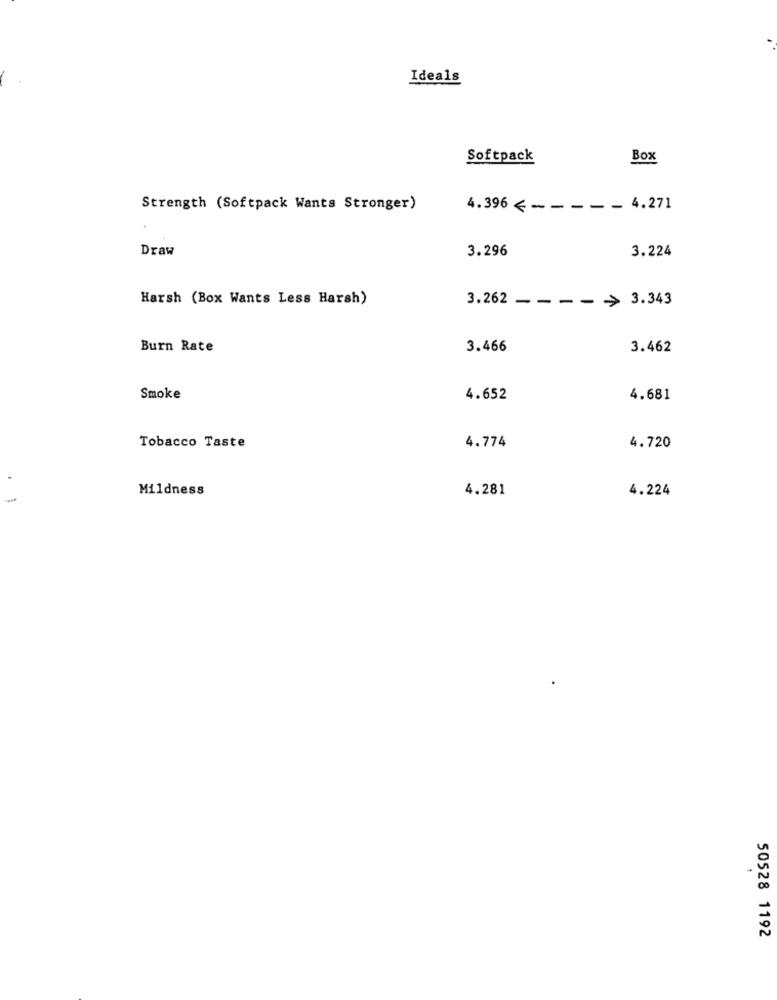
Ideals
Softpack
Box
Strength (Softpack Wants Stronger)
4.396 < - - - - - 4.271
Draw
3.296
3.224
Harsh (Box Wants Less Harsh)
3.262 - ---
>> 3.343
Burn Rate
3.466
3.462
Smoke
4.652
4.681
4.774
Tobacco Taste
4.720
Mildness
4.281
4.224
50528 1192